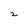
Character: 2